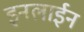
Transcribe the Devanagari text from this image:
इनलाईन